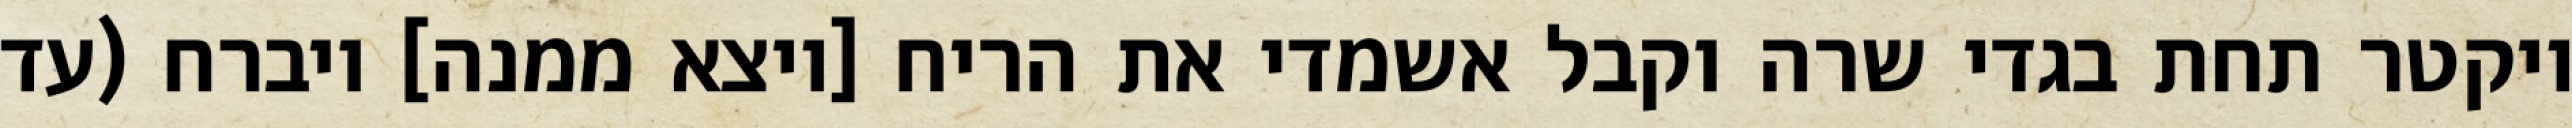
ויקטר תחת בגדי שרה וקבל אשמדי את הריח [ויצא ממנה] ויברח (עד